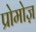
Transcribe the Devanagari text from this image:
प्रोमोज़